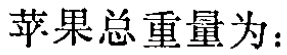
苹果总重量为：